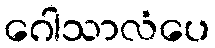
ဂေါသာလံပေ